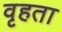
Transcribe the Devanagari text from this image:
वृहता